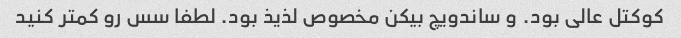
کوکتل عالی بود. و ساندویچ بیکن مخصوص لذیذ بود. لطفا سس رو کمتر کنید